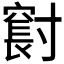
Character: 𪧼